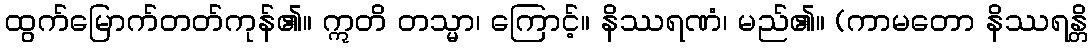
ထွက်မြောက်တတ်ကုန်၏။ ဣတိ တသ္မာ၊ ကြောင့်။ နိဿရဏံ၊ မည်၏။ (ကာမတော နိဿရန္တိ